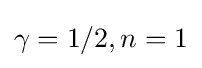
\gamma =1/2,n=1